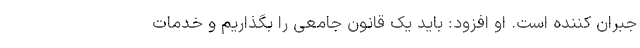
جبران کننده است. او افزود: باید یک قانون جامعی را بگذاریم و خدمات